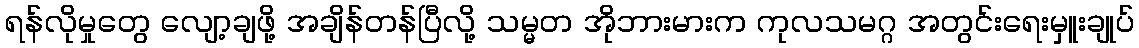
ရန်လိုမှုတွေ လျော့ချဖို့ အချိန်တန်ပြီလို့ သမ္မတ အိုဘားမားက ကုလသမဂ္ဂ အတွင်းရေးမှူးချုပ်